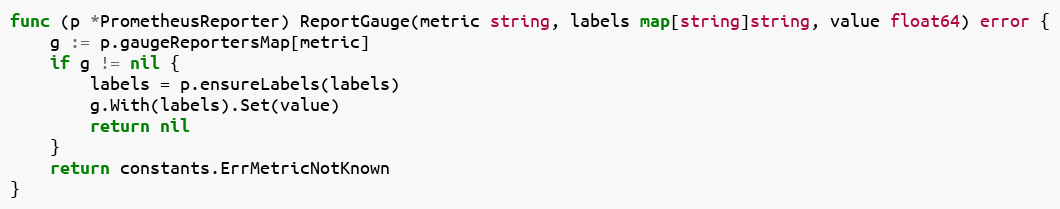
Language: Go
func (p *PrometheusReporter) ReportGauge(metric string, labels map[string]string, value float64) error {
	g := p.gaugeReportersMap[metric]
	if g != nil {
		labels = p.ensureLabels(labels)
		g.With(labels).Set(value)
		return nil
	}
	return constants.ErrMetricNotKnown
}